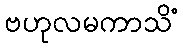
ဗဟုလမကာသိံ